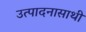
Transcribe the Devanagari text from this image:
उत्पादनासाथी